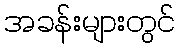
အခန်းများတွင်